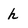
Character: h